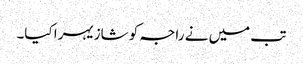
تب میں نے راجہ کو شازیہرا کیا۔